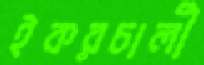
ইকরচালী